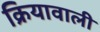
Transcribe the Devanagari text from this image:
क्रियावाली